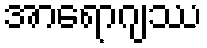
အာရောဂျဿ